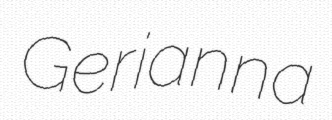
Gerianna